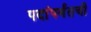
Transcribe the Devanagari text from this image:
पदांपर्यंतची